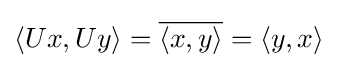
\langle Ux,Uy\rangle ={\overline {\langle x,y\rangle }}=\langle y,x\rangle